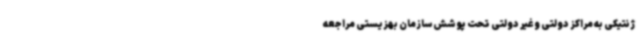
ژنتیکی به مراکز دولتی و غیر دولتی تحت پوشش سازمان بهزیستی مراجعه